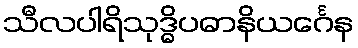
သီလပါရိသုဒ္ဓိပဓာနိယင်္ဂေန